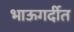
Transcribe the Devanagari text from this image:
भाऊगर्दीत